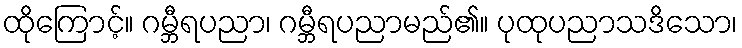
ထိုကြောင့်။ ဂမ္ဘီရပညာ၊ ဂမ္ဘီရပညာမည်၏။ ပုထုပညာသဒိသော၊